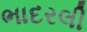
ભાદરલી